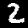
Label: 2